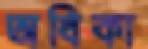
অধিকা